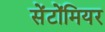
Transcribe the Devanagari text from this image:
सेंटोंमियर